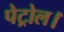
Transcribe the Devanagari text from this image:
पेट्रोल।